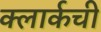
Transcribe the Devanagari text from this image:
क्‍लार्कची